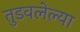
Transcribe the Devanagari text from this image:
तुडवलेल्या